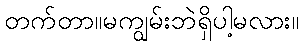
တက်တာ။မကျွမ်းဘဲရှိပါ့မလား။